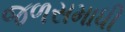
જળસમાધી